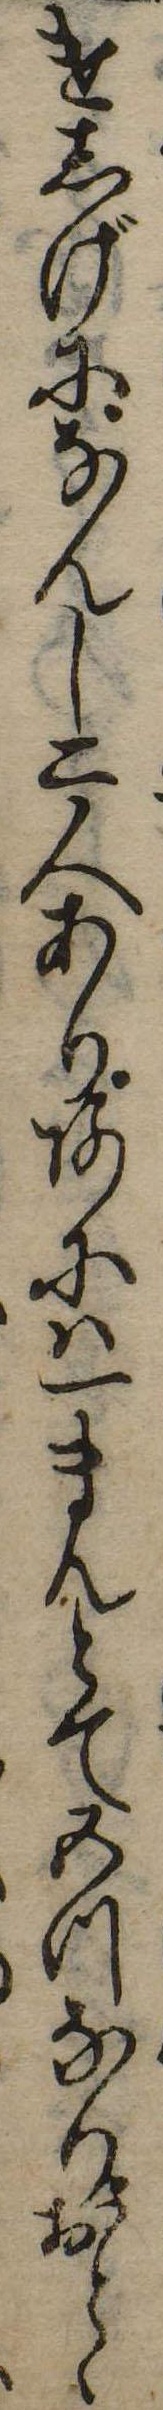
けしげになんし二人ありあには一まんとて五つなりおとゝ